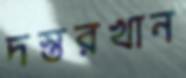
দস্তরখান